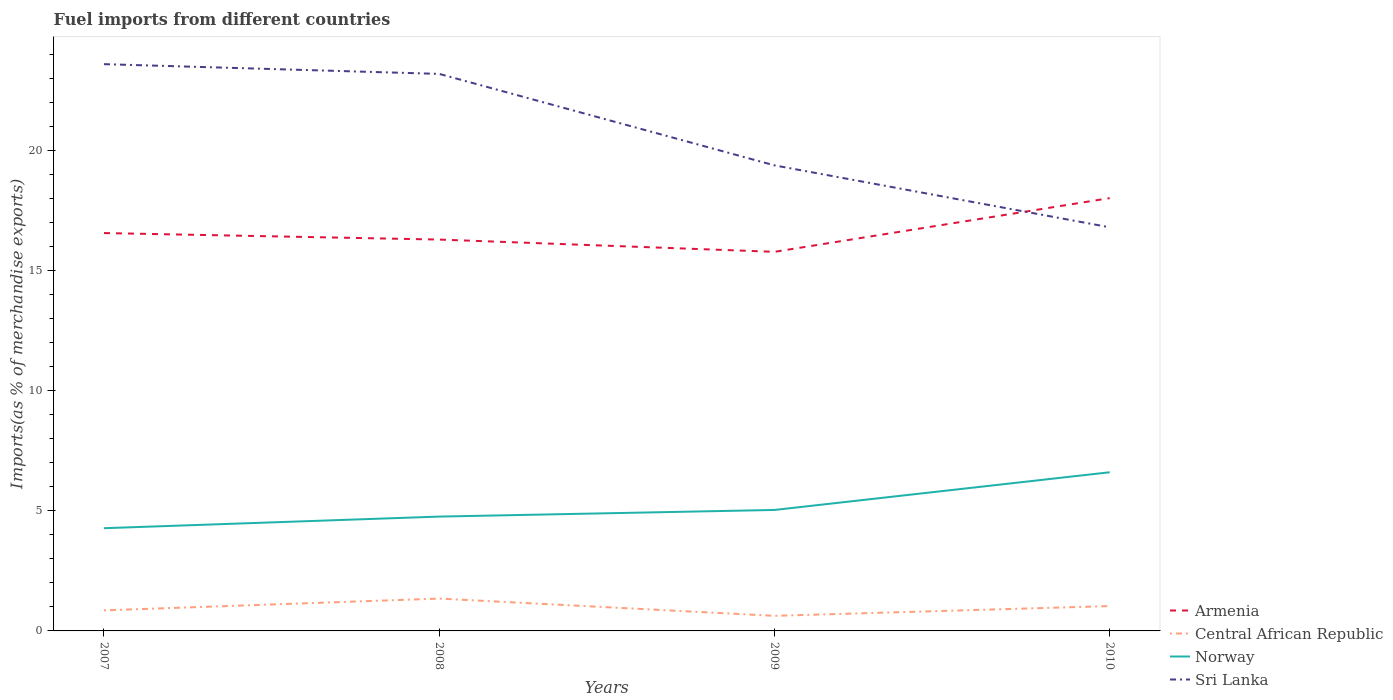
| Years | Armenia | Central African Republic | Norway | Sri Lanka |
 | --- | --- | --- | --- | --- |
 | 2007 | 16.6 | 0.856 | 4.28 | 23.6 |
 | 2008 | 16.3 | 1.35 | 4.76 | 23.2 |
 | 2009 | 15.8 | 0.628 | 5.04 | 19.4 |
 | 2010 | 18 | 1.03 | 6.61 | 16.8 |